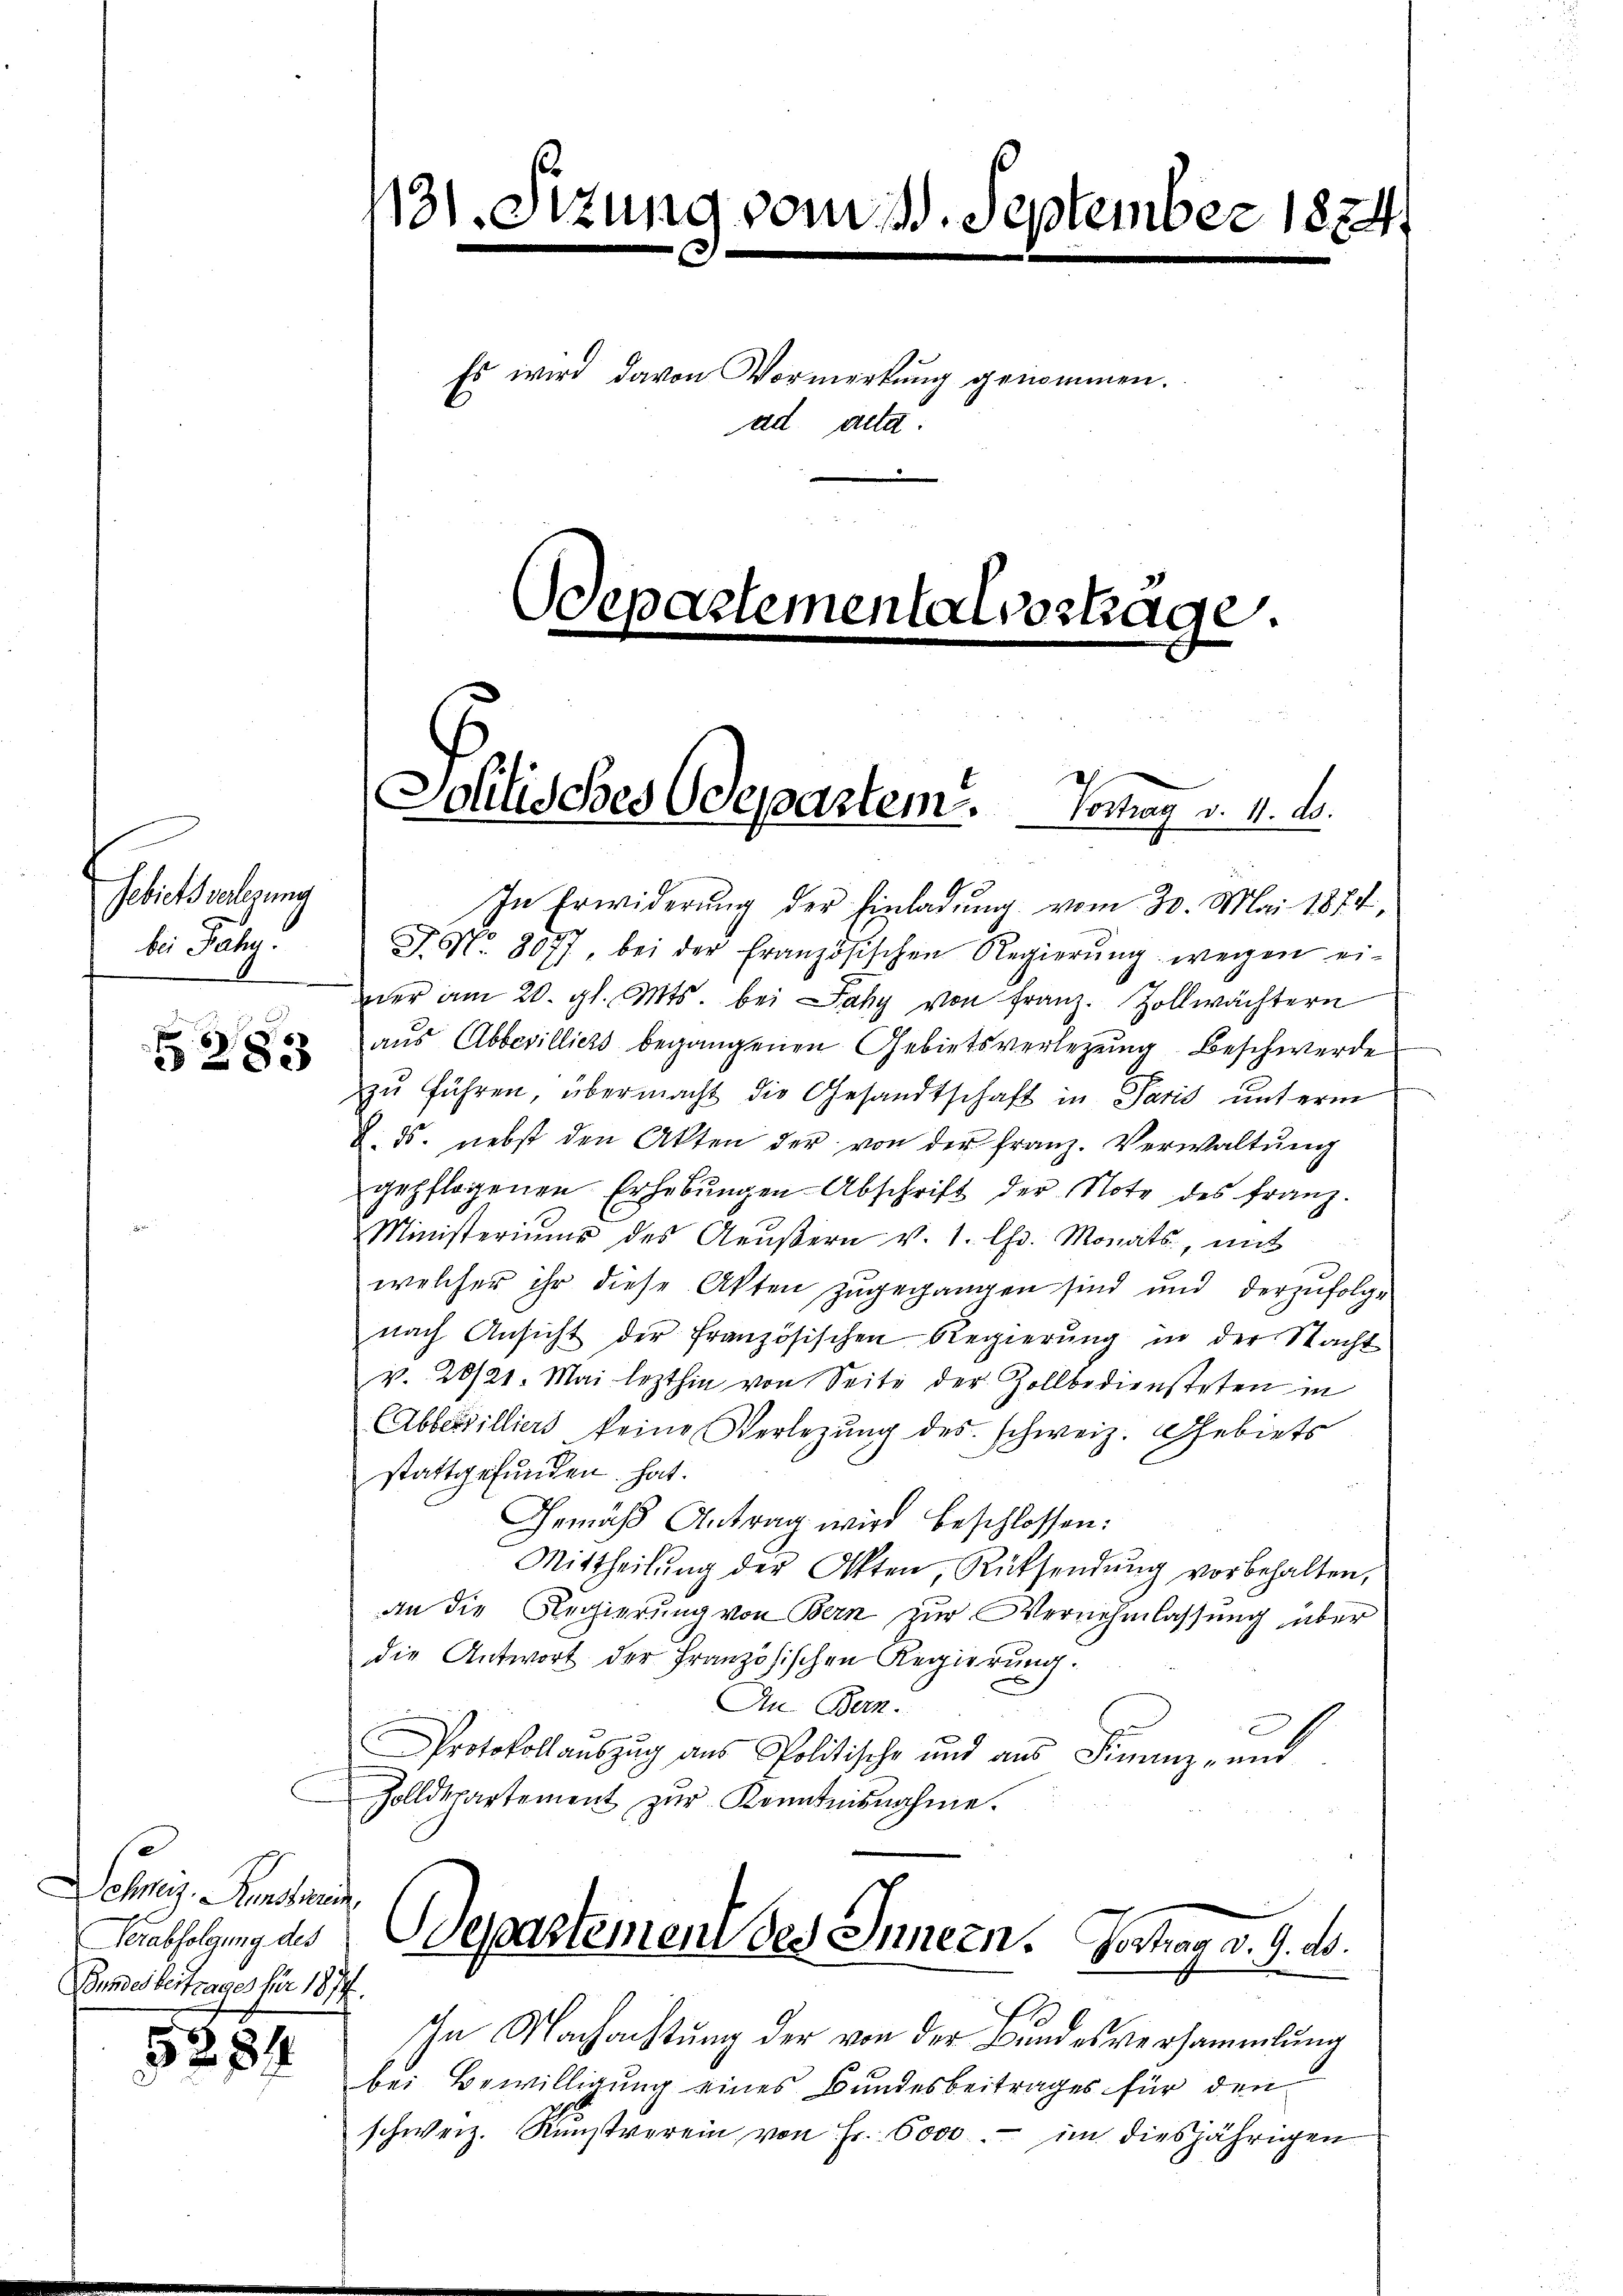
131. Sitzung vom 10. September 1824.

Es wird davon Vormerkung genommen.
ad acta

Departementalvertage.

Politisches Departem Tonay v. 4. d.

In Erwiderŭng der Einladŭng vom 30. Mai 1874,
e
J. No. 8077, bei der französischen Regierung wegen einer am 20. gl. Mts. bei Jahy von Franz. Zollwächtern
aus Abbewilliers begangenen Gebietsverlegung Beschwerde
zu führen übermacht die Gesandtschaft in Paris unterm
8. ds. nebst den Akten der von der Franz. Verwaltung
gepflogenen Erhebŭngen Abschrift der Note des Franz.
Ministeriums des Aeŭβern v. 1. Chr. Monats, mit
welcher ihr diese Akten zugegangen sind und derzufolge
nach Ansicht der französischen Regierŭng in der Nacht
v. 20/21. Mai lezthin von Seite der Zollbediensteten in
Abberwilliers keine Verlegung des schweiz. Gebiets
stattgefunden hat.
Gemäß Antrag wird beschlossen:
Mittheilŭng der Otten, Rücksendŭng vorbehalten,
An die Regierung von Bern zur Vernehmlassung über
die Antwort der Französischen Regierŭng.
An Bern.
Protokollaŭszŭg ans Politische und aŭs Finanz- und
Zolldepartement zur Kenntnisnahme.
Departement des Innern.
Vertrag d. d. d.
Ihn Nachachtung der von der Bundesversammlung
bei Bewilligung eines Bundesbeitrages für den
schweiz. Rŭnstverein von Fr. 6000.- im diesjährigen

Gebietsverlesung
bie July.

283

Schweiz. Kunstruc
Verabfolgung des
Bundesbeitrages für 1877.

5284